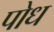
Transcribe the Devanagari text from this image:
पोध